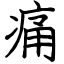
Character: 痛